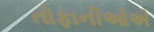
તોફાનીઓએ